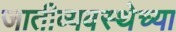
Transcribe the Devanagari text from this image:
जातीव्यवस्थेच्या